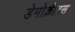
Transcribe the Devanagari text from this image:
डेमोक्रीट्स